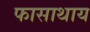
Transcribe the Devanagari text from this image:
फासाथाय